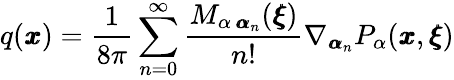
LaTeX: q({\pmb x})=\frac{1}{8\pi}\sum_{n=0}^{\infty}\frac{M_{\alpha\, {\pmb\alpha}_{n}}({\pmb\xi})}{n!}\nabla_{{\pmb\alpha}_{n}}P_{\alpha}({\pmb x},{\pmb\xi})